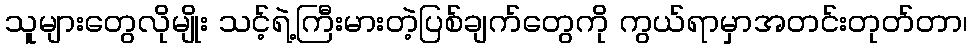
သူများတွေလိုမျိုး သင့်ရဲ့ကြီးမားတဲ့ပြစ်ချက်တွေကို ကွယ်ရာမှာအတင်းတုတ်တာ၊